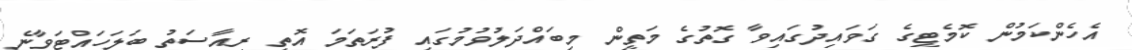
އެހެންކަމުން ކޮމެޓީގެ ގަވައިދުގައިވާ ގޮތުގެ މަތީން މިބައްދަލުވުމުގައި ފުރަތަމަ އޮތީ ރިއާސަތު ބަލަހައްޓަވާނެ